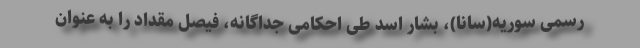
رسمی سوریه(سانا)،‌ بشار اسد طی احکامی جداگانه، فیصل مقداد را به عنوان